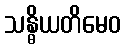
သန္ဓိယတိမေဝ